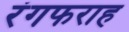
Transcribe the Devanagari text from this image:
रंगफराह